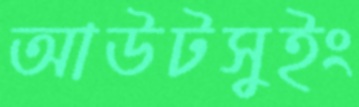
আউটসুইং